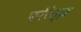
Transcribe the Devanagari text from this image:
फोरेत्झ